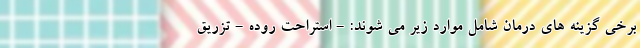
برخی گزینه های درمان شامل موارد زیر می شوند: - استراحت روده - تزریق